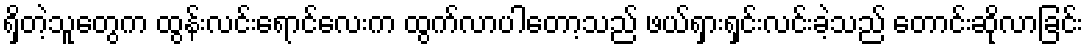
ရှိတဲ့သူတွေက ထွန်းလင်းရောင်လေးက ထွက်လာပါတော့သည် ဖယ်ရှားရှင်းလင်းခဲ့သည် တောင်းဆိုလာခြင်း